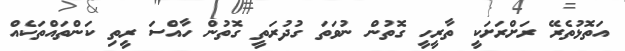
އަތޮޅުތެރޭ ރަށްރަށަކީ ތާރީހީ ގޮތުން ނުވަތަ ގުދުރަތީ ގޮތުން ހާއްސަ ރީތި ކަންތައްތަކެއް